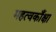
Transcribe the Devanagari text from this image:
महत्वकाँक्षा